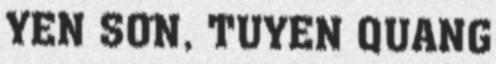
YÊN SƠN, TUYÊN QUANG